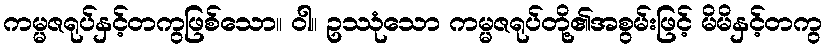
ကမ္မဇရုပ်နှင့်တကွဖြစ်သော။ ဝါ။ ဥဿုံသော ကမ္မဇရုပ်တို့၏အစွမ်းဖြင့် မိမိနှင့်တကွ